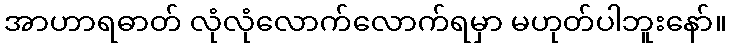
အာဟာရဓာတ် လုံလုံလောက်လောက်ရမှာ မဟုတ်ပါဘူးနော်။